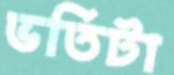
ভর্তিটা